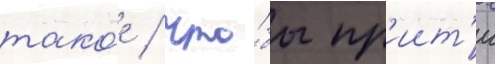
тако́е / что́бы пр'иит'и